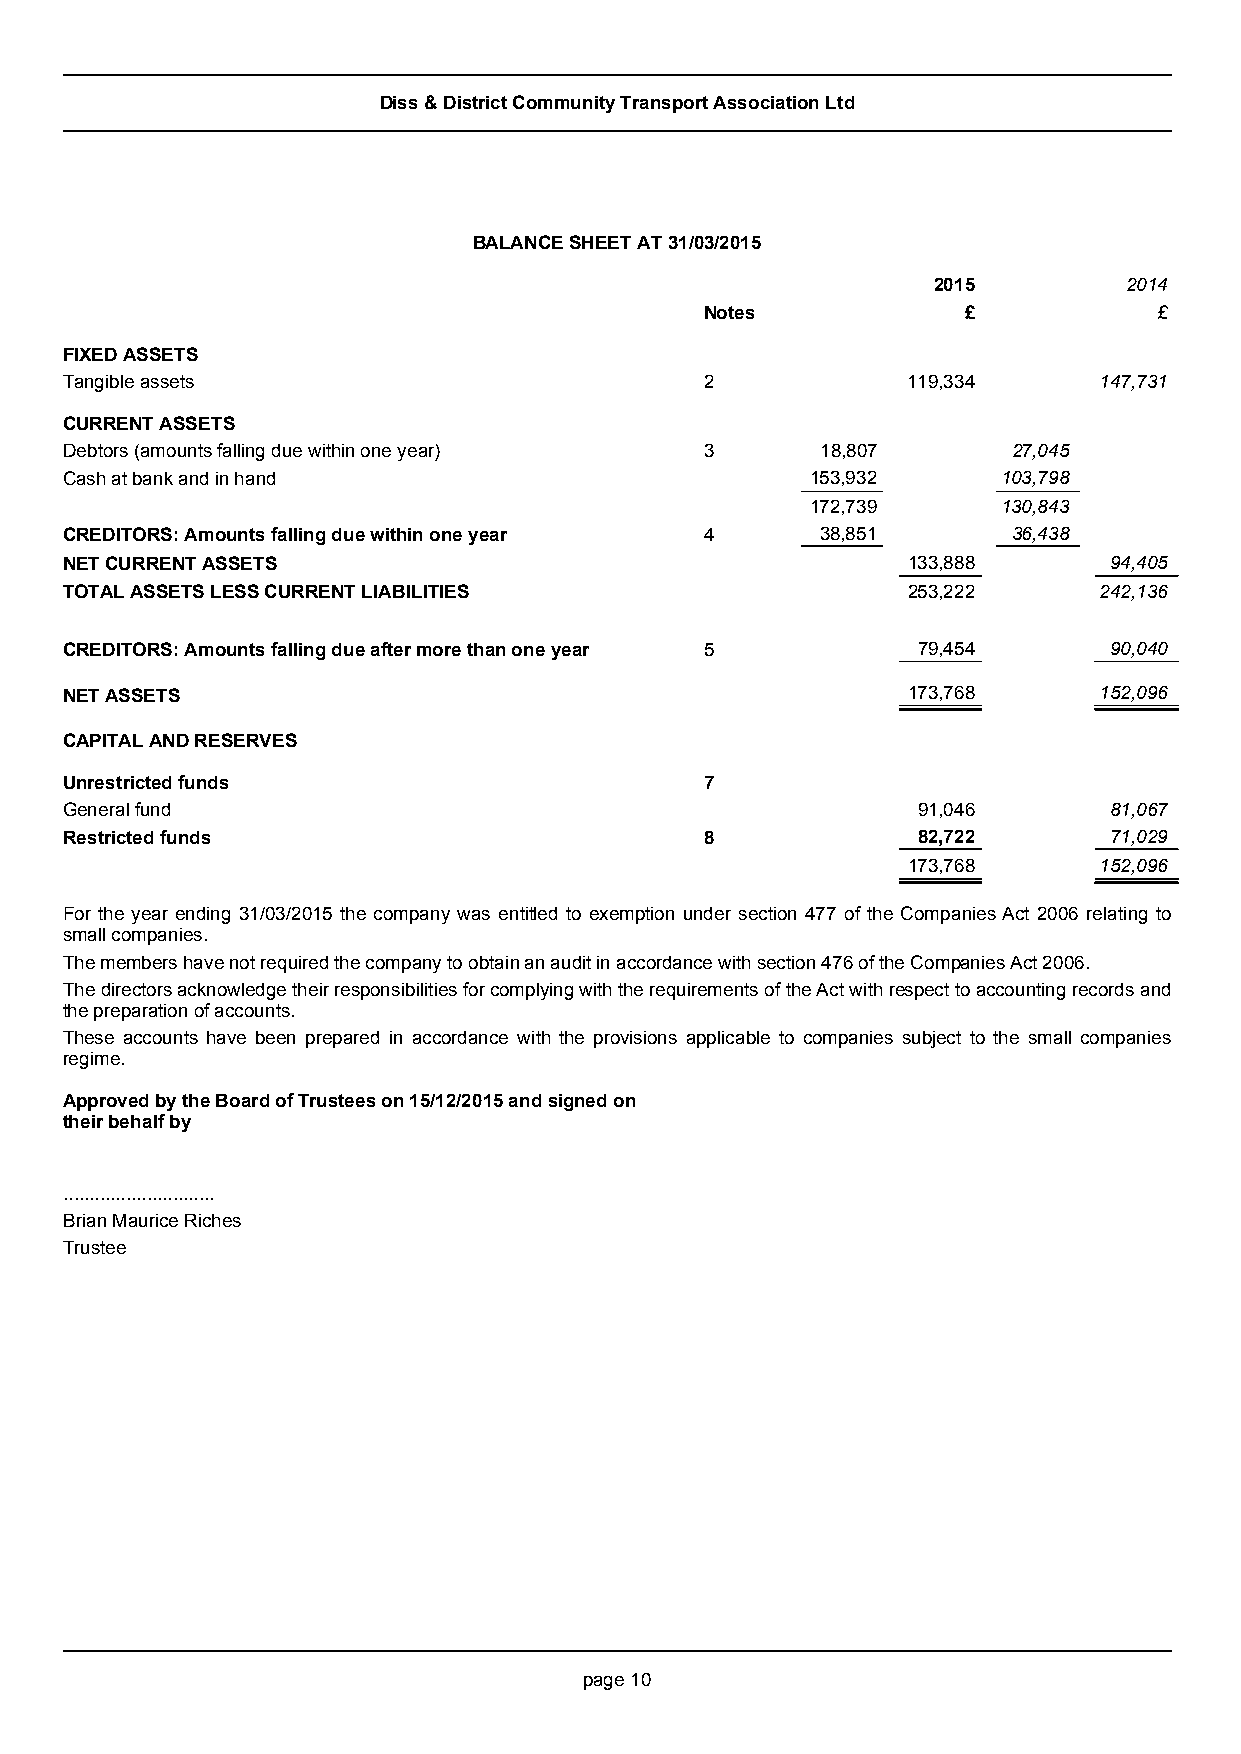
Diss & District Community Transport Association Ltd
 BALANCE SHEET AT 31/03/2015
 2015        2014
 Notes            £            £
 FIXED ASSETS
 Tangible assets                            2            119,334      147,731
 CURRENT ASSETS
 Debtors (amounts falling due within one year) 3   18,807       27,045
 Cash at bank and in hand                          153,932     103,798
 172,739     130,843
 CREDITORS: Amounts falling due within one year 4  38,851       36,438
 NET CURRENT ASSETS                                      133,888      94,405
 TOTAL ASSETS LESS CURRENT LIABILITIES                   253,222      242,136
 CREDITORS: Amounts falling due after more than one year 5 79,454     90,040
 NET ASSETS                                              173,768      152,096
 CAPITAL AND RESERVES
 Unrestricted funds                         7
 General fund                                             91,046      81,067
 Restricted funds                           8             82,722      71,029
 173,768      152,096
 For the year ending 31/03/2015 the company was entitled to exemption under section 477 of the Companies Act 2006 relating to
 small companies.
 The members have not required the company to obtain an audit in accordance with section 476 of the Companies Act 2006.
 The directors acknowledge their responsibilities for complying with the requirements of the Act with respect to accounting records and
 the preparation of accounts.
 These accounts have been prepared in accordance with the provisions applicable to companies subject to the small companies
 regime.
 Approved by the Board of Trustees on 15/12/2015and signed on
 their behalf by
 .............................
 Brian Maurice Riches
 Trustee
 page 10